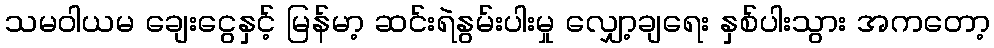
သမဝါယမ ချေးငွေနှင့် မြန်မာ့ ဆင်းရဲနွမ်းပါးမှု လျှော့ချရေး နှစ်ပါးသွား အကတော့